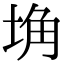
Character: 埆